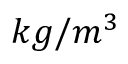
k g / m ^ { 3 }